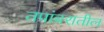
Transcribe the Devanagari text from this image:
तपांबरातील